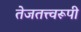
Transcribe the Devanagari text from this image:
तेजतत्त्वरूपी